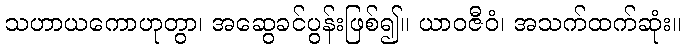
သဟာယကောဟုတွာ၊ အဆွေခင်ပွန်းဖြစ်၍။ ယာဝဇီဝံ၊ အသက်ထက်ဆုံး။